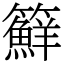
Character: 䉳